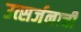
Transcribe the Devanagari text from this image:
उत्सर्जनाची